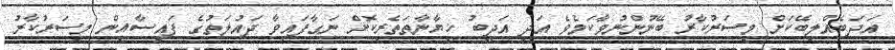
އަދަބެއްލިބޭކަށް މިސަރުކާރު ބޭނުންނުވާކަމެވެ އަދި އަދީބު ޚިޔާނާތަތެރިކޮށް ނަގާފައިވާ ދައުލަތުގެ ފައިސާއިން މިސަރުކާރު